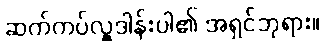
ဆက်ကပ်လှူဒါန်းပါ၏ အရှင်ဘုရား။